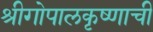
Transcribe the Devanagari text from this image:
श्रीगोपालकृष्णाची